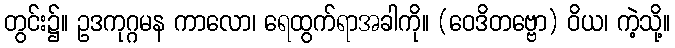
တွင်း၌။ ဥဒကုဂ္ဂမန ကာလော၊ ရေထွက်ရာအခါကို။ (ဝေဒိတဗ္ဗော) ဝိယ၊ ကဲ့သို့။